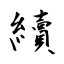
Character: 續